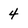
Character: 4